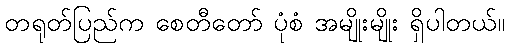
တရုတ်ပြည်က စေတီတော် ပုံစံ အမျိုးမျိုး ရှိပါတယ်။